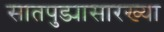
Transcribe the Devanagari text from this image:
सातपुड्यासारख्या